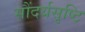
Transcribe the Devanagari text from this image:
सौंदर्यसृष्टि